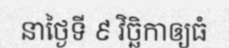
នាថ្ងៃទី ៩ វិច្ឆិកាឲ្យធំ